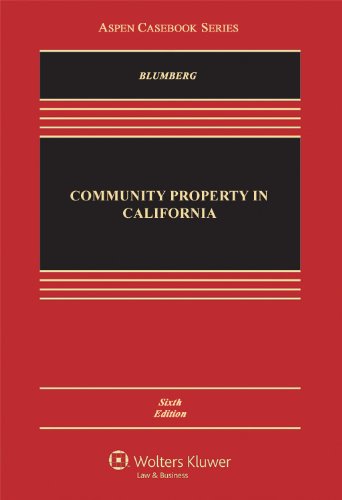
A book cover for Community Property in California, Sixth Edition (Aspen Casebooks); Grace Ganz Blumberg; Law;